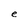
Character: e